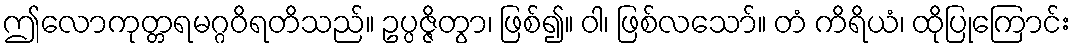
ဤလောကုတ္တရမဂ္ဂဝိရတိသည်။ ဥပ္ပဇ္ဇိတွာ၊ ဖြစ်၍။ ဝါ၊ ဖြစ်လသော်။ တံ ကိရိယံ၊ ထိုပြုကြောင်း